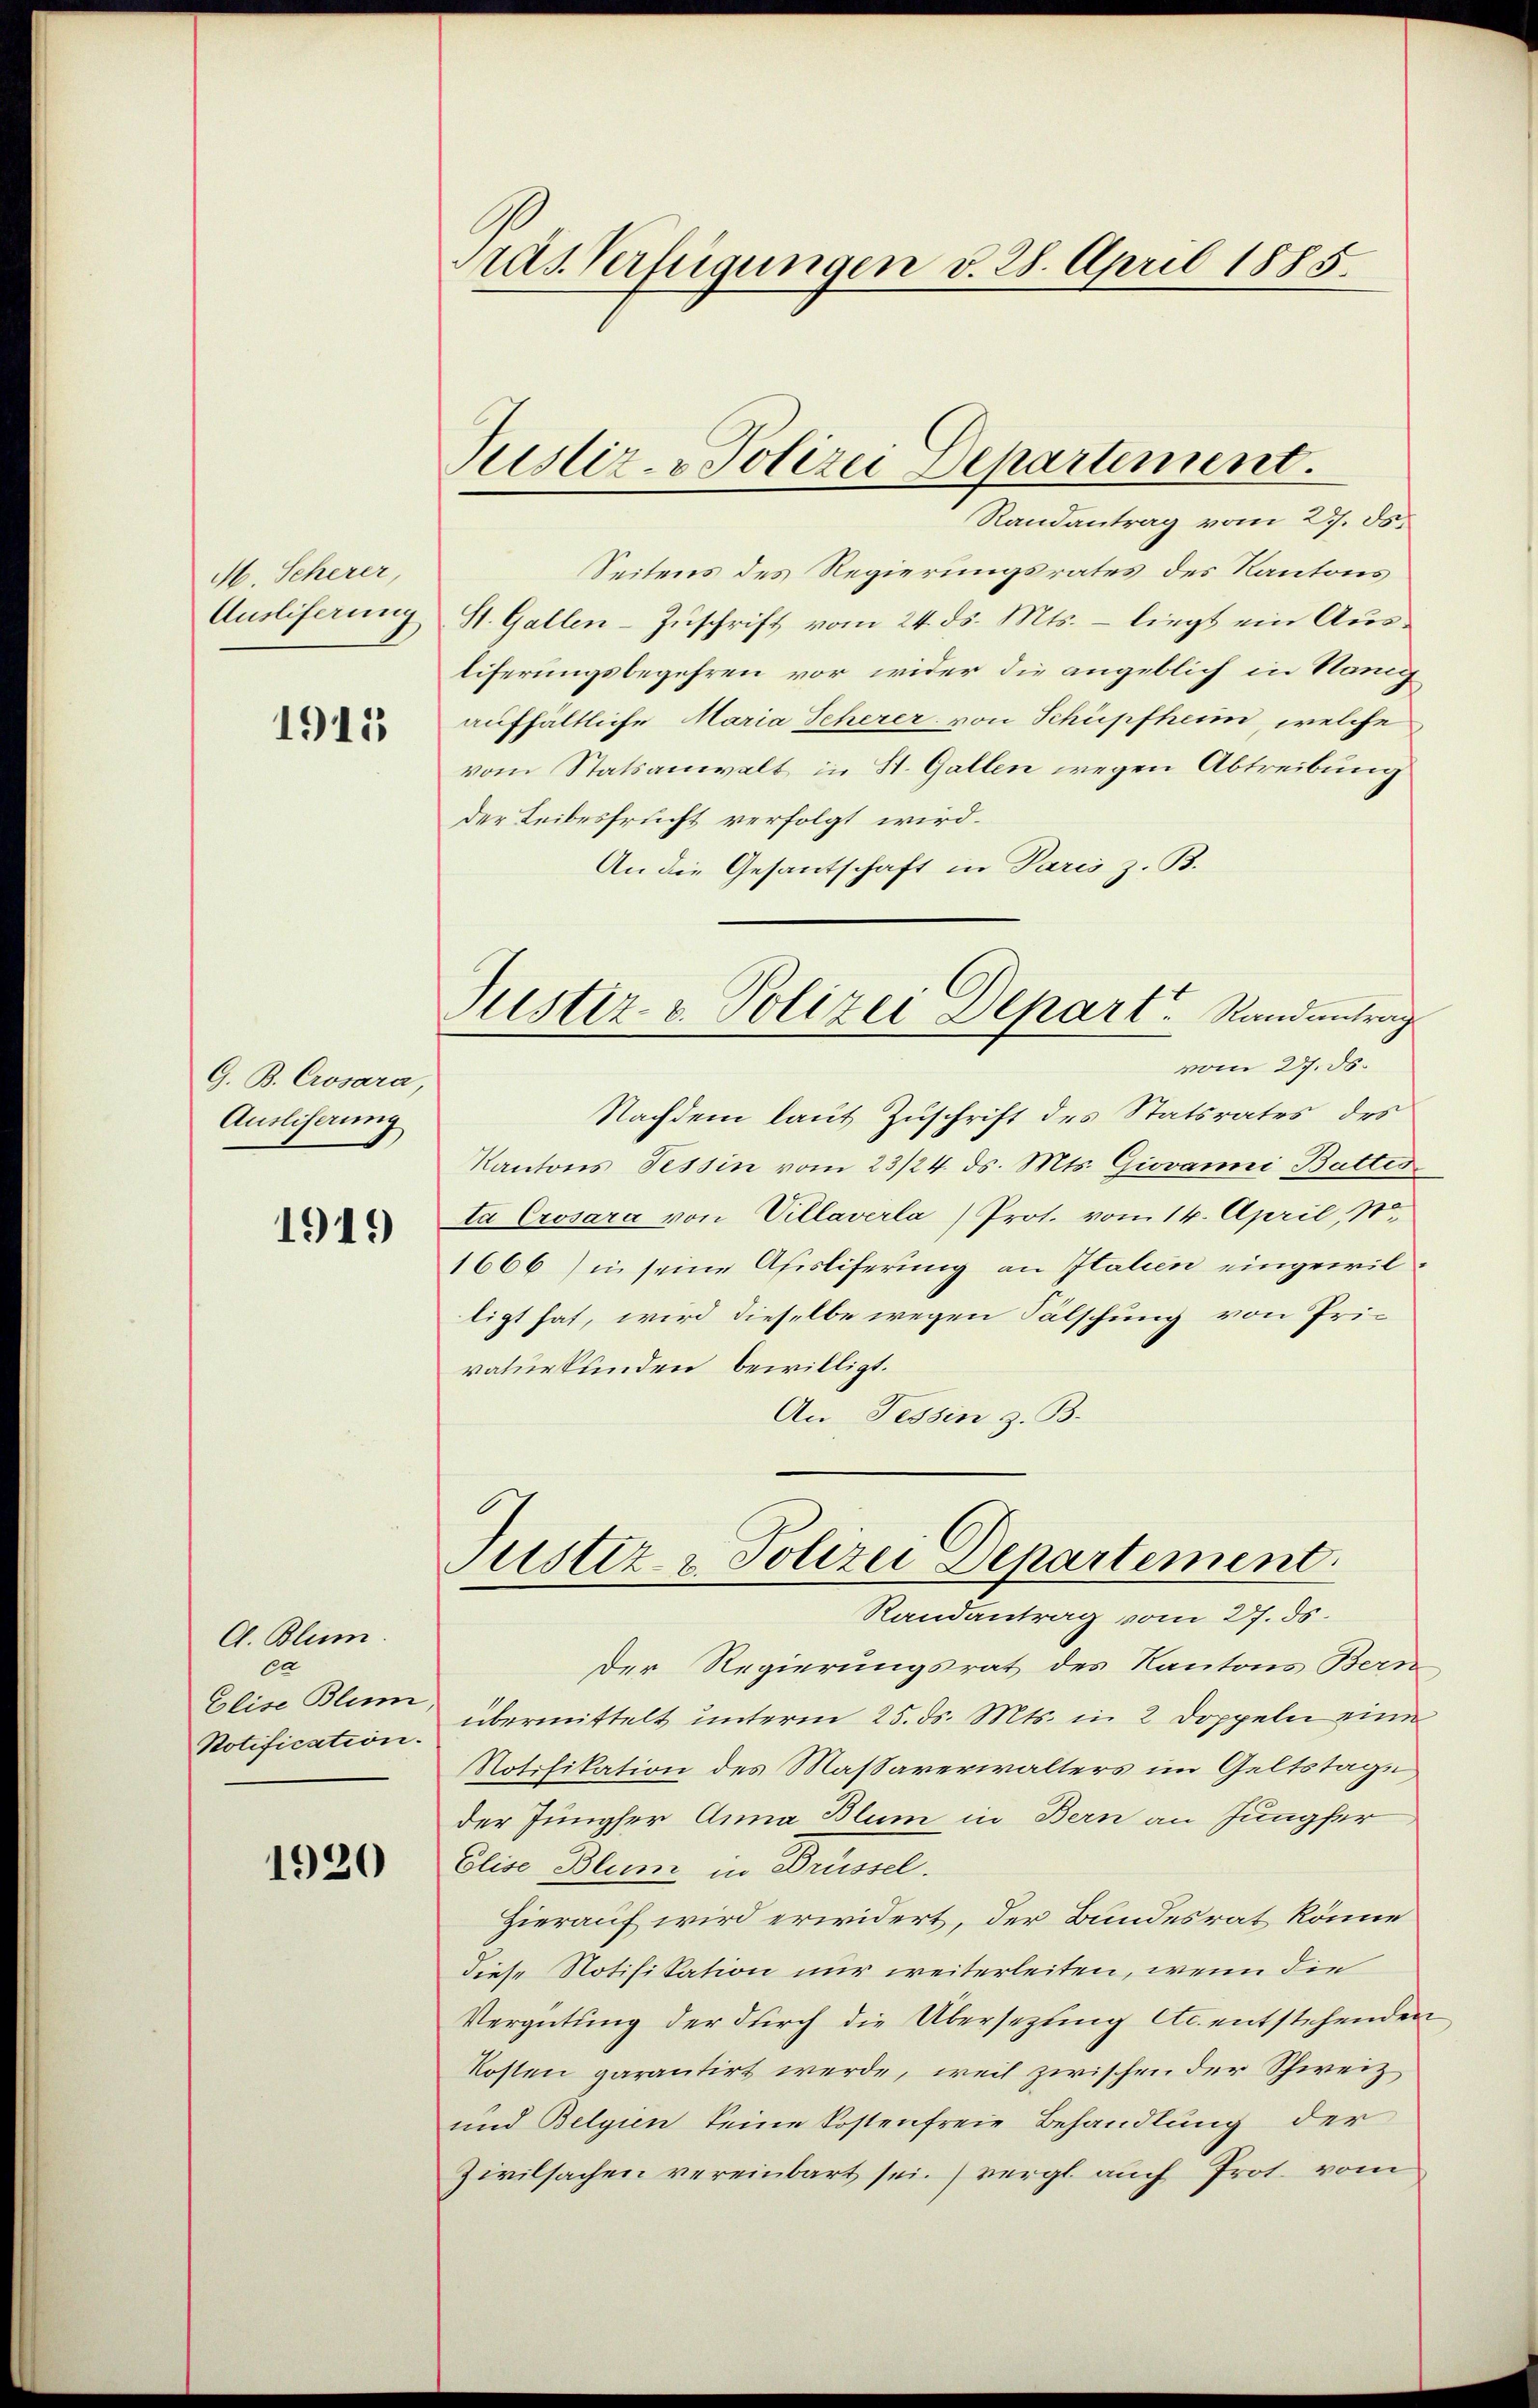
M. Scherer,
Ausliferung

1915

G. B. Crosara,
Ausliserung

1919

A. Blum
ca
Notification.

1920

Pras. Verfügungen v. 28. April 1885.

Justiz- & Polizei Departement.

Randantrag vom 27. ds.
Seitens des Regierungsrates des Kantons
St. Gallen-Zuschrift vom 24. ds. Mts. – liegt ein Ausliferungsbegehren vor wider die angeblich in Nanig
aufhältliche Maria Scherer von Schüpfheim, welche
vom Statsanwalt in St. Gallen wegen Abtreibung
der Leibesfrucht verfolgt wird.
An die Gesantschaft in Paris z. B.
Justiz- & Polizei Depart. Randantrag
vom 27. ds.
Nachdem laut Zuschrift des Statsrates des
Kantons Tessin vom 23/24. ds. Mts. Giovanni Battes
ta Crosara von Villaverla) Prot. vom 14. April 1
1666) in seine Afesliferung an Italien eingewilligt hat, wird dieselbe wegen Fälschung von Privaturkunden bewilligt.
An Tessin z. B.

Justiz- & Polizei Departement.
Randantrag vom 27. ds.

Der Regierungsrat des Kantons Bern
Elise Blei übermittelt unterm 25. ds. Mts. in 2 Doppeln eine
Notifikation des Massaverwalters im Geltstage
der Jungfer Anna Blum in Bern an Jungfer
Elise Blum in Brüssel.
Hierauf wird erwidert, der Bundesrat könne
diese Notifikation nur weiterleiten, wenn die
Vergütung der durch die Übersetzung etc. entstehenden
Kosten garantirt werde, weil zwischen der Schweiz
und Belgien keine Kostenfreie Behandlung der
Zivilsachen vereinbart sei. (vergl. auch Prot. vom